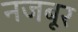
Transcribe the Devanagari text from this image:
नजबूर